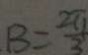
B = \frac { 2 \pi } { 3 }